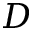
D